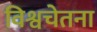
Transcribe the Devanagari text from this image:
विश्वचेतना